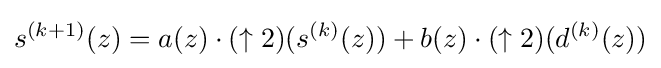
s^{(k+1)}(z)=a(z)\cdot (\uparrow 2)(s^{(k)}(z))+b(z)\cdot (\uparrow 2)(d^{(k)}(z))